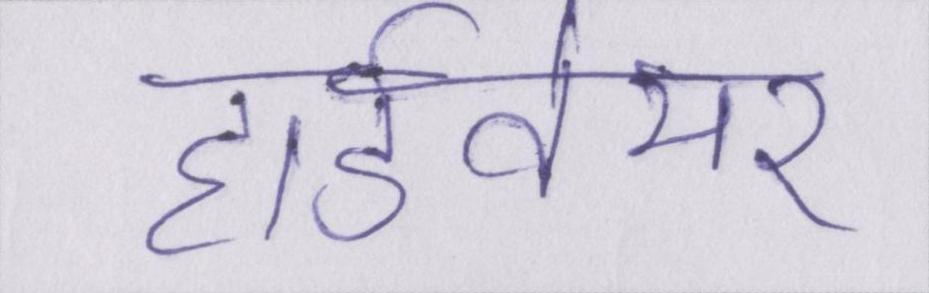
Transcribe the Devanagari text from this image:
हार्डवेयर